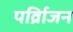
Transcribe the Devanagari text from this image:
पर्व्रािजन